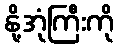
နို့အုံကြီးကို